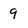
Character: 9